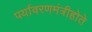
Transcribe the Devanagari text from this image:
पर्यावरणमंत्रीहोते